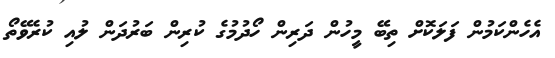
އެހެންކަމުން ފަލަކޮށް ތިބޭ މީހުން ދަރިން ހޯދުމުގެ ކުރިން ބަރުދަން ލުއި ކުރެވޭތޯ